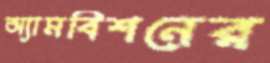
অ্যামবিশনের